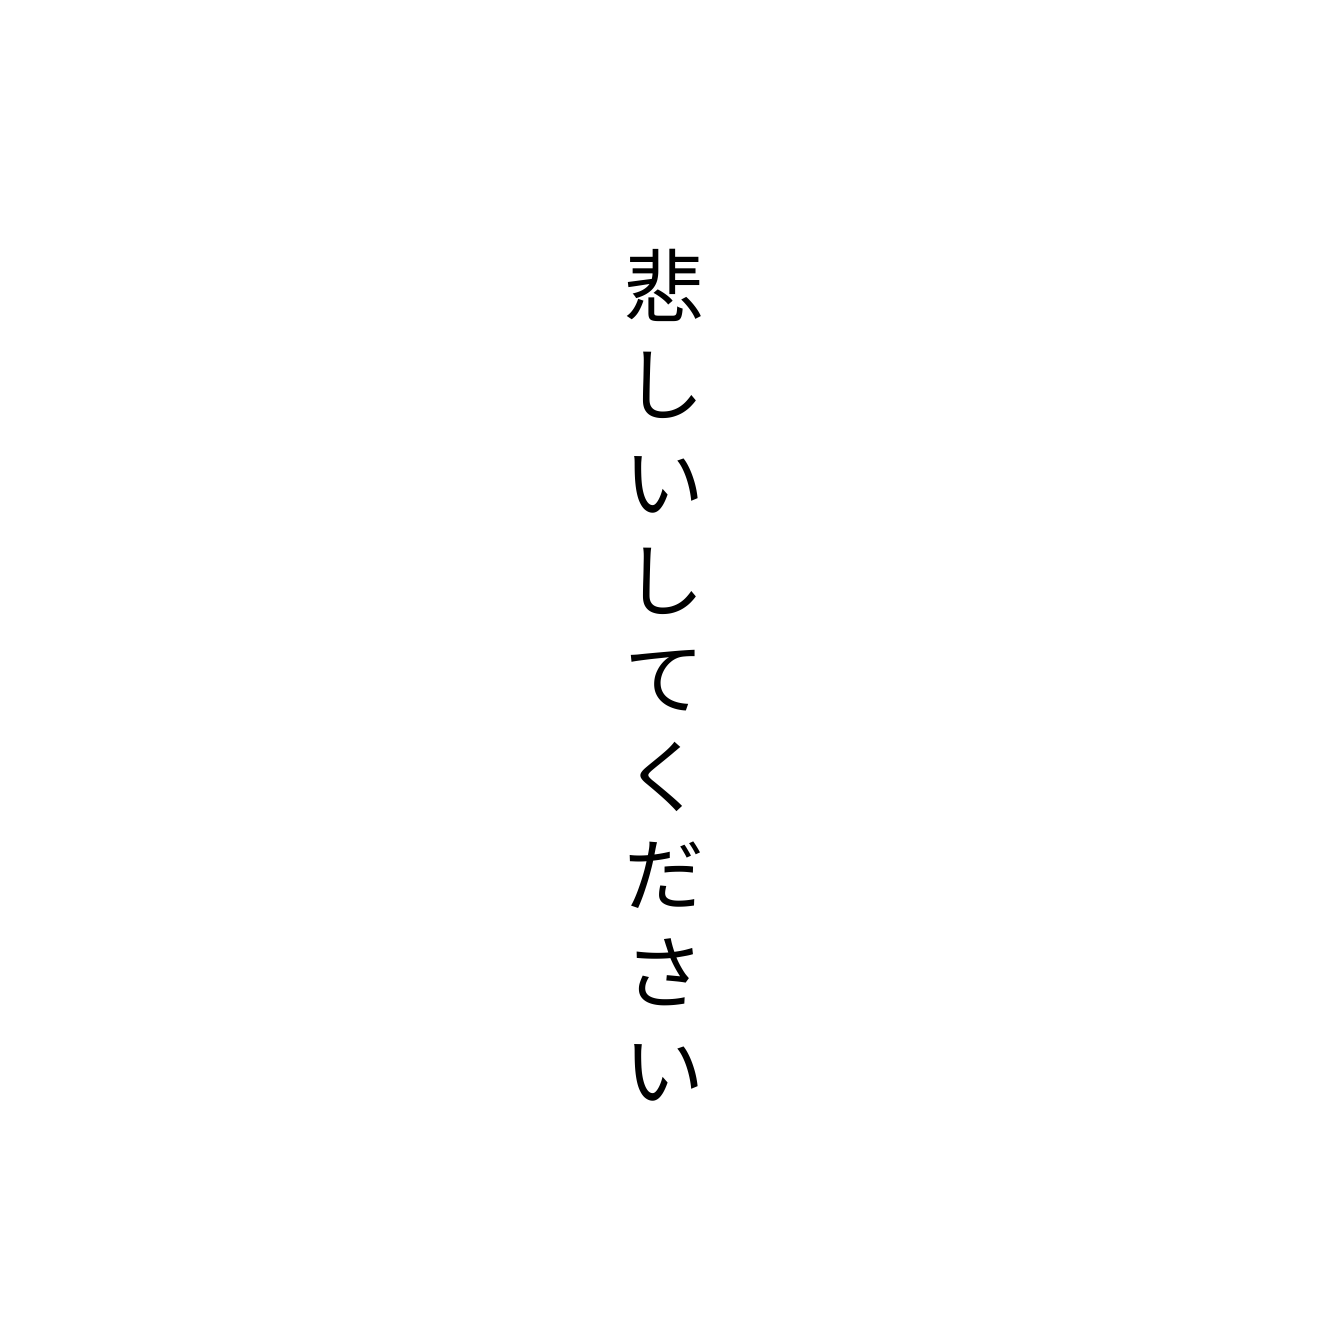
悲しいしてください